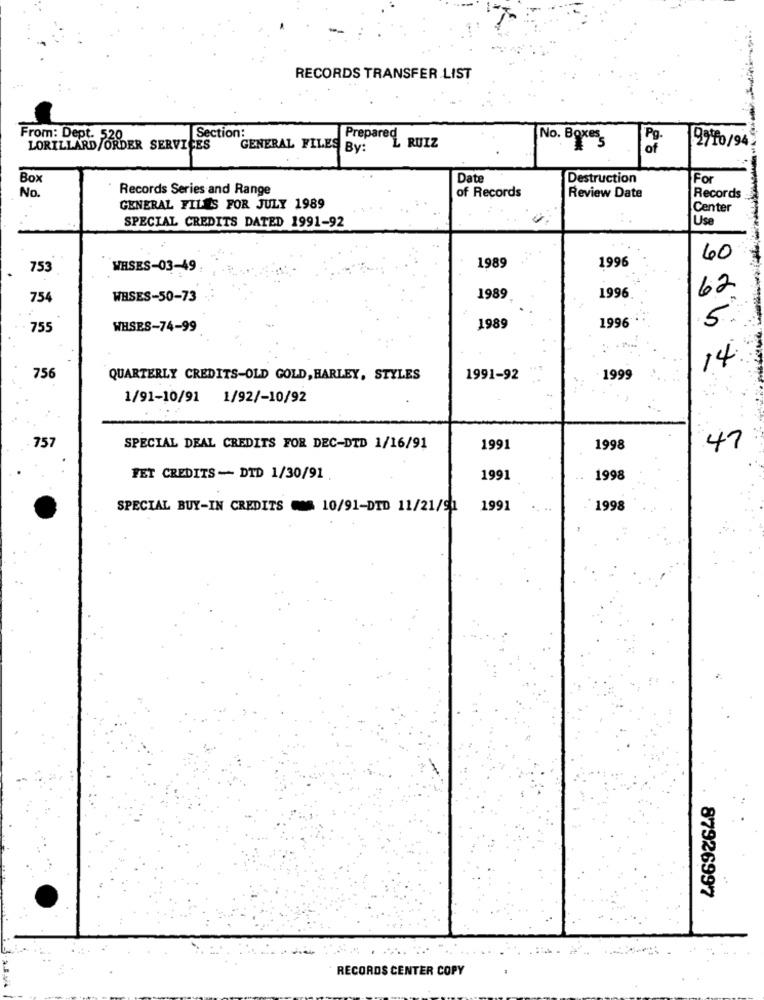
RECORDS TRANSFER LIST
From: Dept. 520
Section:
No. Boxes
Pg
LORILLARD/ORDER SERVICES
GENERAL FILES By:
Prepares, RUIZ
2710/94
Box
Date
Destruction
For
No.
Records Series and Range
of Records
Review Date
Records
GENERAL FILES FOR JULY 1989
Center
Use
SPECIAL CREDITS DATED 1991-92
1989
1996
60
753
WHSES-03-49
62
754
WBSES-50-73
1989
1996
5.
755
WHSES-74-99
1989
1996
14
756
QUARTERLY CREDITS-OLD GOLD, HARLEY, STYLES
1991-92
1999
1/91-10/91 1/92/-10/92
75
SPECIAL DEAL CREDITS FOR DEC-DTD 1/16/91
1991
1998
47
FET CREDITS- DTD 1/30/91 .
1991
1998
SPECIAL BUY-IN CREDITS
10/91-DTD 11/21/91
1991
1998
87926997
· RECORDS CENTER COPY